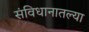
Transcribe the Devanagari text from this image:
संविधानातल्या